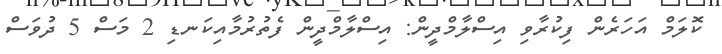
ކޮލަމް އަހަރެން ފިކުރާވި އިސްލާމްދީން: އިސްލާމްދީން ފެތުރުމާއިކަނޑި 2 މަސް 5 ދުވަސް